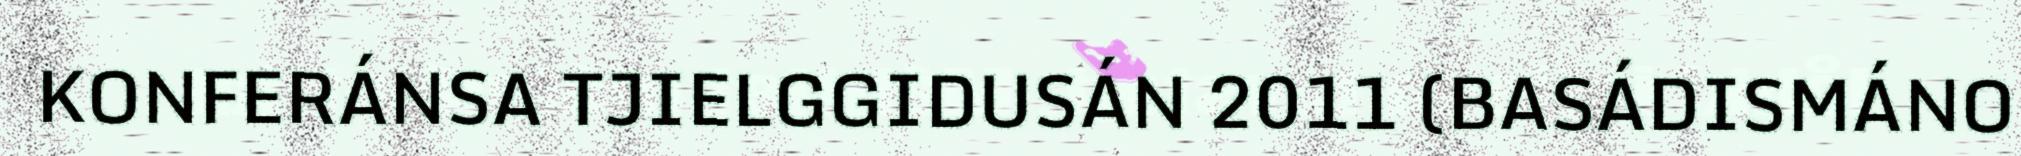
KONFERÁNSA TJIELGGIDUSÁN 2011 (BASÁDISMÁNO